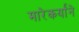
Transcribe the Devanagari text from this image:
मारेकर्यांने